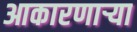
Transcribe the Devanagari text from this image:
आकारणार्‍या